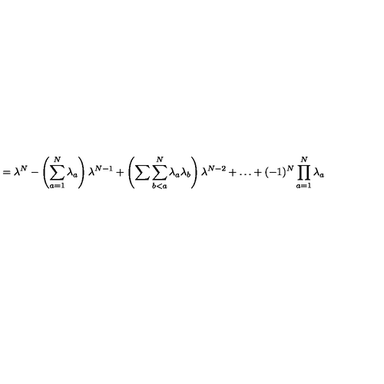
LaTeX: = \lambda ^ { N } - \left( \sum _ { a = 1 } ^ { N } \lambda _ { a } \right) \lambda ^ { N - 1 } + \left( \sum \sum _ { b < a } ^ { N } \lambda _ { a } \lambda _ { b } \right) \lambda ^ { N - 2 } + \dots + ( - 1 ) ^ { N } \prod _ { a = 1 } ^ { N } \lambda _ { a }